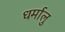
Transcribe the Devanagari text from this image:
धर्मालु